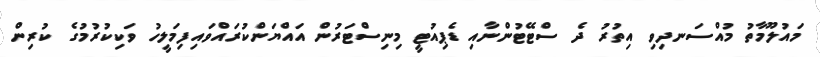
މައުލޫމާތު މުއްސަނދިވި އިތުރު ދެ ސްޓޭޓުންނާއި ޑެޕިއުޓީ މިނިސްޓަރުން އައްޔަންކުރައްވައިފިމަލީހު ވަކިކުރުމުގެ ކުރިން